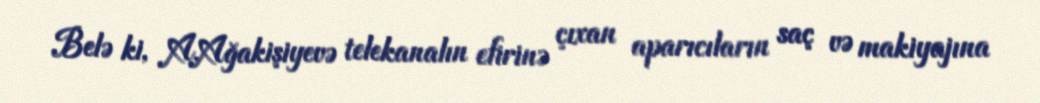
Belə ki, A.Ağakişiyevə telekanalın efirinə çıxan aparıcıların saç və makiyajına